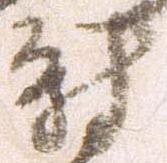
尉